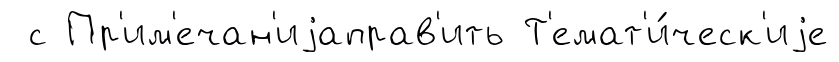
с Пр'им'ечан'иjаправ'ить Т'емат'и́ческ'иjе